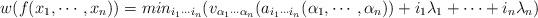
LaTeX: \begin{align*}w(f(x_1, \cdots, x_n)) = min_{i_1\cdots i_n}(v_{\alpha_1\cdots\alpha_n}(a_{i_1\cdots i_n}(\alpha_1, \cdots, \alpha_{n})) + i_1\lambda_1 + \cdots + i_n\lambda_n)\end{align*}